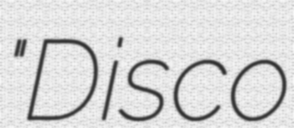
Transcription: "Disco